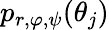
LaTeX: p_{r,\varphi,\psi}(\theta_{j})